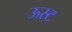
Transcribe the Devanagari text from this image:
ऊस्ट